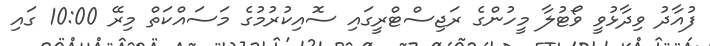
ފުއާދު ވިދާޅުވީ ވޯޓުލާ މީހުންގެ ރަޖިސްޓްރީގައި ސޮއިކުރުމުގެ މަސައްކަތް މިރޭ 10:00 ގައި